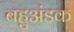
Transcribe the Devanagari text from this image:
बहुअंडक